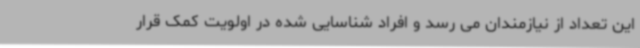
این تعداد از نیازمندان می رسد و افراد شناسایی شده در اولویت کمک قرار